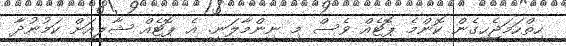
ހިތްހަމަޖެހިގެން ކޮންމެ ޕޮޓެއް ވެސް މި ނިންމާލަނީ. އެ ޕޮޓެއް ޝާލީއަށް ކަމުނުދާ